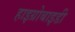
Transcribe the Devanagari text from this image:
हाइग्रोबाइडी